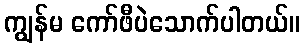
ကျွန်မ ကော်ဖီပဲသောက်ပါတယ်။